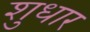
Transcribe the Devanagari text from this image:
शुधार